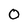
Character: 0